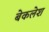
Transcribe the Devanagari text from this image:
बेकलेश